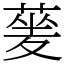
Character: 蓌